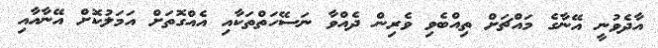
އާދެވުނީ އޭނާގެ މައްޗަށް ތިއްބެވި ވެރިން ދެއްވާ ނަސޭހަތްތަކާއި އެއްގޮތަށް އަމަލުކޮށް އޭނާއާއި